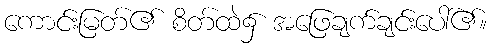
ကောင်းမြတ်၏ စိတ်ထဲ၌ အဖြေချက်ချင်းပေါ်၏။